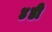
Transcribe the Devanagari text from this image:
४डी